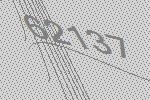
62137